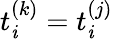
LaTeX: t_{\mathit{i}}^{(k)}=t_{\mathit{i}}^{(j)}